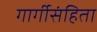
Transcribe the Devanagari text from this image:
गार्गीसंहिता